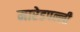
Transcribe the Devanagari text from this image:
मारेडपल्ली